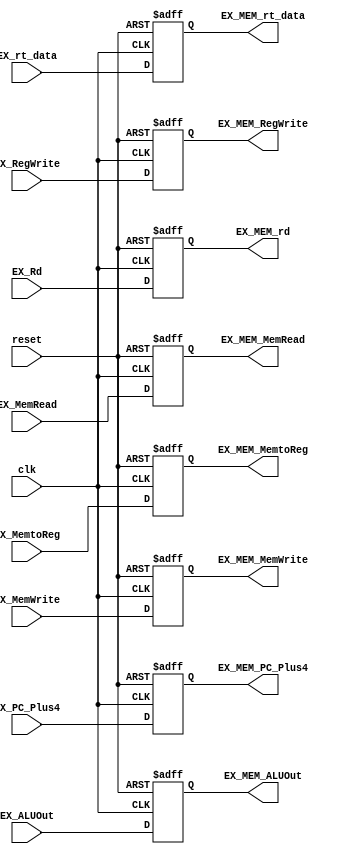
module EX_MEM(
         clk,
         reset,
         EX_PC_Plus4,
         EX_ALUOut,
         EX_rt_data,
         EX_Rd,
         EX_MemWrite,
         EX_MemRead,
         EX_MemtoReg,
         EX_RegWrite,
         EX_MEM_PC_Plus4,
         EX_MEM_ALUOut,
         EX_MEM_rt_data,
         EX_MEM_rd,
         EX_MEM_MemtoReg,
         EX_MEM_MemWrite,
         EX_MEM_MemRead,
         EX_MEM_RegWrite
       );
input clk, reset;

input [31:0] EX_PC_Plus4, EX_ALUOut, EX_rt_data;
input [4: 0] EX_Rd;
input [1: 0] EX_MemtoReg;
input EX_MemWrite, EX_MemRead, EX_RegWrite;

output reg [31: 0] EX_MEM_PC_Plus4, EX_MEM_ALUOut, EX_MEM_rt_data;
output reg [4: 0] EX_MEM_rd;
output reg [1: 0] EX_MEM_MemtoReg;
output reg EX_MEM_MemWrite, EX_MEM_MemRead, EX_MEM_RegWrite;

always @(posedge clk or posedge reset)
  begin
    if (reset)
      begin
        EX_MEM_PC_Plus4 <= 32'h0;
        EX_MEM_ALUOut <= 32'h0;
        EX_MEM_rt_data <= 32'h0;
        EX_MEM_rd <= 5'h0;
        EX_MEM_MemtoReg <= 2'h0;
        EX_MEM_MemWrite <= 1'b0;
        EX_MEM_MemRead <= 1'b0;
        EX_MEM_RegWrite <= 1'b0;
      end
    else
      begin
        EX_MEM_PC_Plus4 <= EX_PC_Plus4;
        EX_MEM_ALUOut <= EX_ALUOut;
        EX_MEM_rt_data <= EX_rt_data;
        EX_MEM_rd <= EX_Rd;
        EX_MEM_MemtoReg <= EX_MemtoReg;
        EX_MEM_MemWrite <= EX_MemWrite;
        EX_MEM_MemRead <= EX_MemRead;
        EX_MEM_RegWrite <= EX_RegWrite;
      end
  end

endmodule